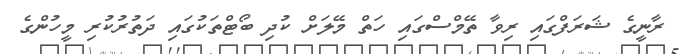
ރާނީގެ ޝަރަފްގައި ރިވާ ތޭމްސްގައި ހަތް މޭލަށް ކުދި ބޯޓްތަކުގައި ދަތުރުކުރި މީހުންގެ